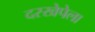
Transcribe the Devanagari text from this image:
दरखेपेला